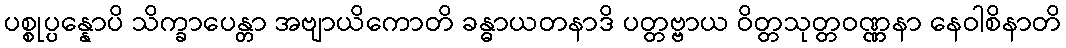
ပစ္စုပ္ပန္နောပိ သိက္ခာပေန္တာ အဗျာယိကောတိ ခန္ဓာယတနာဒိ ပတ္တဗ္ဗာယ ဝိတ္တသုတ္တဝဏ္ဏနာ နေဝါစိနာတိ